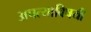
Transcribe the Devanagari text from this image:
अपत्याविषयी